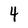
Character: 4